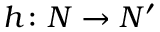
h \colon N \to N ^ { \prime }